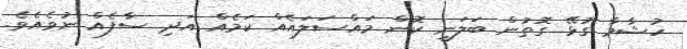
ހުޝާމާ ގުޅޭ ގޮތުން ބަލަނީ ކޮން މައްސަލައެއް ކަމެއް އަދި ސާފެއް ނުވެއެވެ.